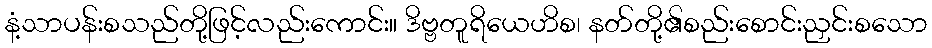
နံ့သာပန်းစသည်တို့ဖြင့်လည်းကောင်း။ ဒိဗ္ဗတူရိယေဟိစ၊ နတ်တို့၏စည်းစောင်းညှင်းစသော